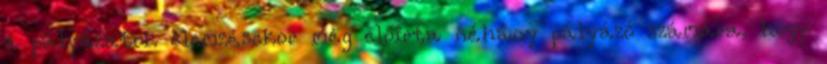
a pályázatok elemzésekor még előirta néhány pályázó számára, hogy